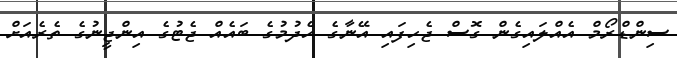
ސިންޑްރޯމް އެއްލައިގެން ގޮސް ޖެހިފައި އޭނާގެ ހެދުމުގެ ބައެއް ޖެޓުގެ އިންޖީނުގެ ތެރެއަށް